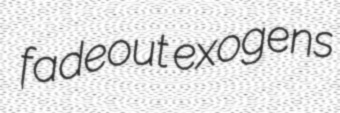
fadeout exogens